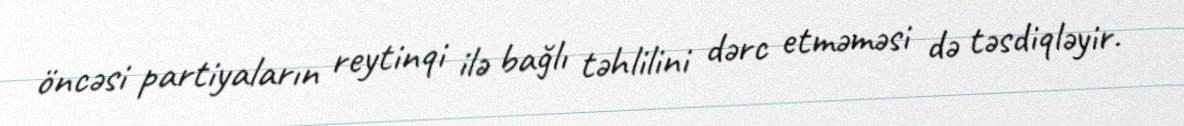
öncəsi partiyaların reytinqi ilə bağlı təhlilini dərc etməməsi də təsdiqləyir.